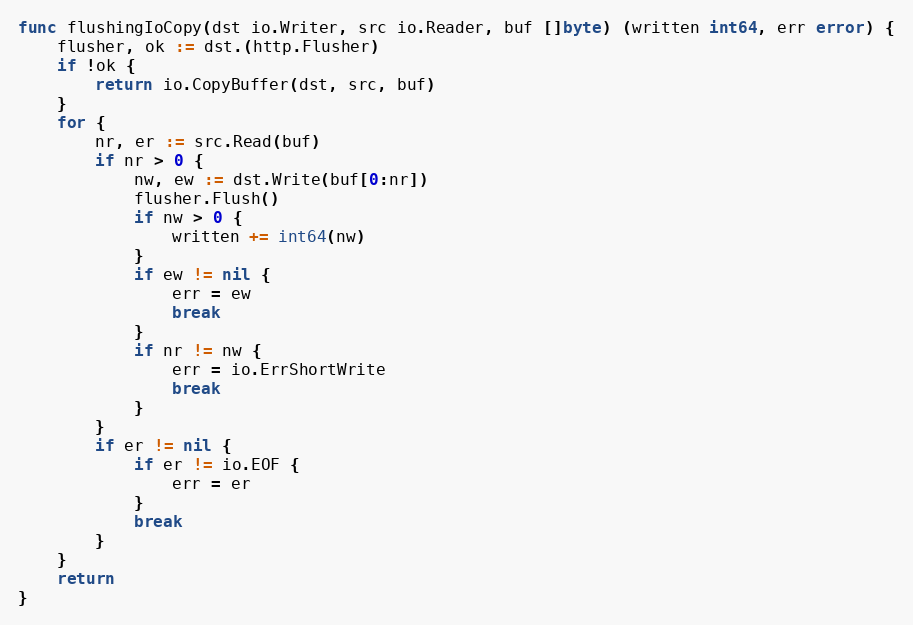
Language: Go
func flushingIoCopy(dst io.Writer, src io.Reader, buf []byte) (written int64, err error) {
	flusher, ok := dst.(http.Flusher)
	if !ok {
		return io.CopyBuffer(dst, src, buf)
	}
	for {
		nr, er := src.Read(buf)
		if nr > 0 {
			nw, ew := dst.Write(buf[0:nr])
			flusher.Flush()
			if nw > 0 {
				written += int64(nw)
			}
			if ew != nil {
				err = ew
				break
			}
			if nr != nw {
				err = io.ErrShortWrite
				break
			}
		}
		if er != nil {
			if er != io.EOF {
				err = er
			}
			break
		}
	}
	return
}